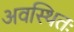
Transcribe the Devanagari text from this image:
अवस्थितः